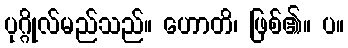
ပုဂ္ဂိုလ်မည်သည်။ ဟောတိ၊ ဖြစ်၏။ ပ။